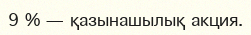
9 % — қазынашылық акция.